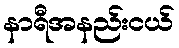
နာရီအနည်းငယ်